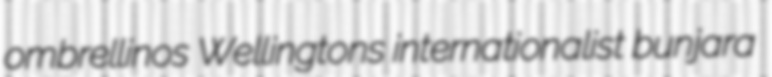
ombrellinos Wellingtons internationalist bunjara